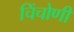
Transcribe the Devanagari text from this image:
चिंचोणी